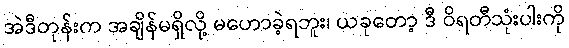
အဲဒီတုန်းက အချိန်မရှိလို့ မဟောခဲ့ရဘူး၊ ယခုတော့ ဒီ ဝိရတီသုံးပါးကို